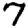
Digit: 7